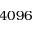
4 0 9 6